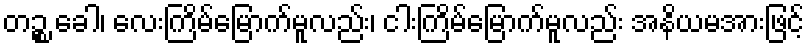
တဉ္စ ခေါ၊ လေးကြိမ်မြောက်မူလည်း၊ ငါးကြိမ်မြောက်မူလည်း အနိယမအားဖြင့်